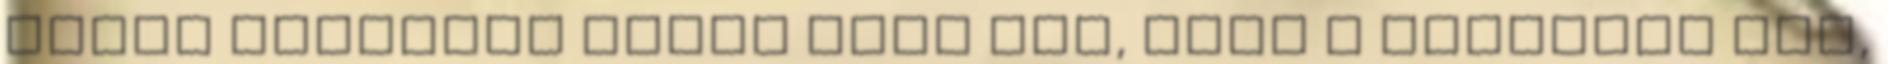
Fázik késéssel fogom csak fel, hogy a titkárnő int,